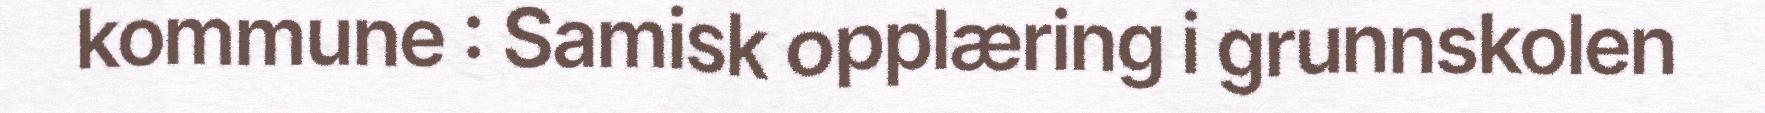
kommune : Samisk opplæring i grunnskolen